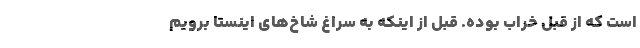
است که از قبل خراب بوده. قبل از اینکه به سراغ شاخ‌های اینستا برویم